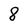
Character: 8